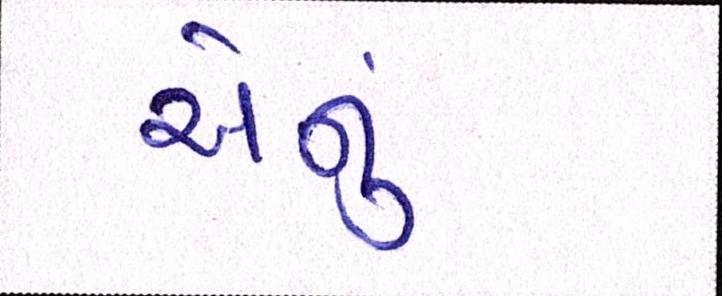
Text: એનું